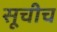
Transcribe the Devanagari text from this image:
सूचीच